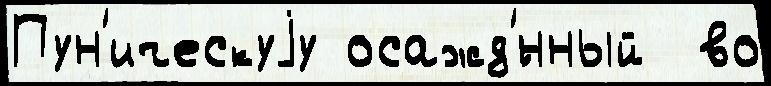
Пун'ическуjу осажд'́нный  во